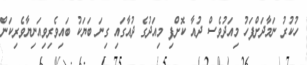
ހުކުރު ނަމާދަށްފަހު މިއަދުވެސް ދުއާ ކޮށްފި މިއަދުގެ ދުއާގައި ގިނަ ބަޔަކު ބައިވެރިވިއަނިޔާވެރިކަން